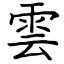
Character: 雲